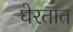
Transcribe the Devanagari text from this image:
घेरतात